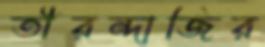
তীরন্দাজির